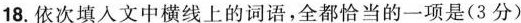
18.依次填人文中横线上的词语，全都恰当的一项是(3分)